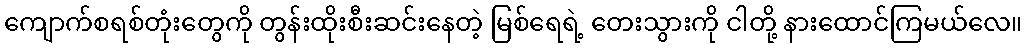
ကျောက်စရစ်တုံးတွေကို တွန်းထိုးစီးဆင်းနေတဲ့ မြစ်ရေရဲ့ တေးသွားကို ငါတို့ နားထောင်ကြမယ်လေ။